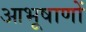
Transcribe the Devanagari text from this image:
आभूषाणों